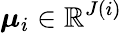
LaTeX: \boldsymbol{\mu}_{i}\in\mathbb{R}^{J(i)}